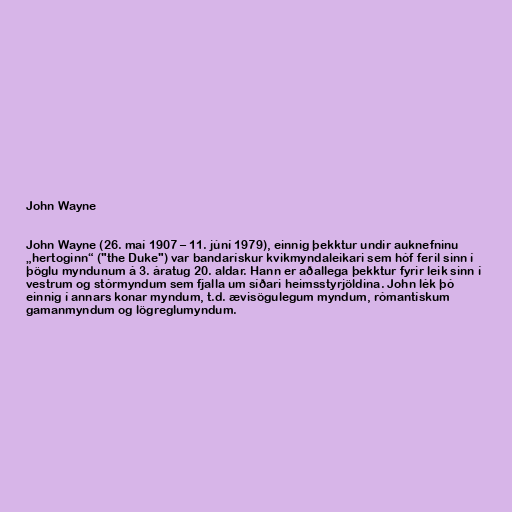
John Wayne

John Wayne (26. maí 1907 – 11. júní 1979), einnig þekktur undir auknefninu
„hertoginn“ ("the Duke") var bandarískur kvikmyndaleikari sem hóf feril sinn í
þöglu myndunum á 3. áratug 20. aldar. Hann er aðallega þekktur fyrir leik sinn í
vestrum og stórmyndum sem fjalla um síðari heimsstyrjöldina. John lék þó
einnig í annars konar myndum, t.d. ævisögulegum myndum, rómantískum
gamanmyndum og lögreglumyndum.